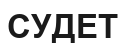
СУДЕТ